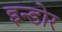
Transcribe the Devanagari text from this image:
इन्‍डोर